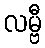
လမ္ဗီ